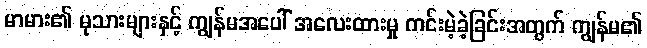
မာမား၏ မုသားများနှင့် ကျွန်မအပေါ် အလေးထားမှု ကင်းမဲ့ခဲ့ခြင်းအတွက် ကျွန်မ၏